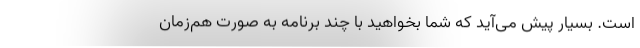
است. بسیار پیش می‌آید که شما بخواهید با چند برنامه به صورت هم‌زمان